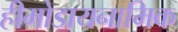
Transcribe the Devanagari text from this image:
हीमोडायनामिक